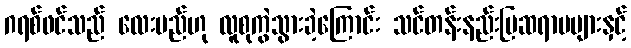
ဂရစ်ဖင်သည် လေးမည်ဟု လူစုကွဲသွားခဲ့ကြောင်း သင်တန်းနည်းပြဆရာမများနှင့်